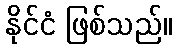
နိုင်ငံ ဖြစ်သည်။